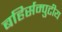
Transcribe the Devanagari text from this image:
बहिर्सम्पुटीय